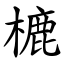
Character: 樚